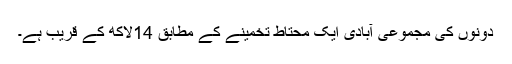
دونوں کی مجموعی آبادی ایک محتاط تخمینے کے مطابق 14لاکھ کے قریب ہے۔